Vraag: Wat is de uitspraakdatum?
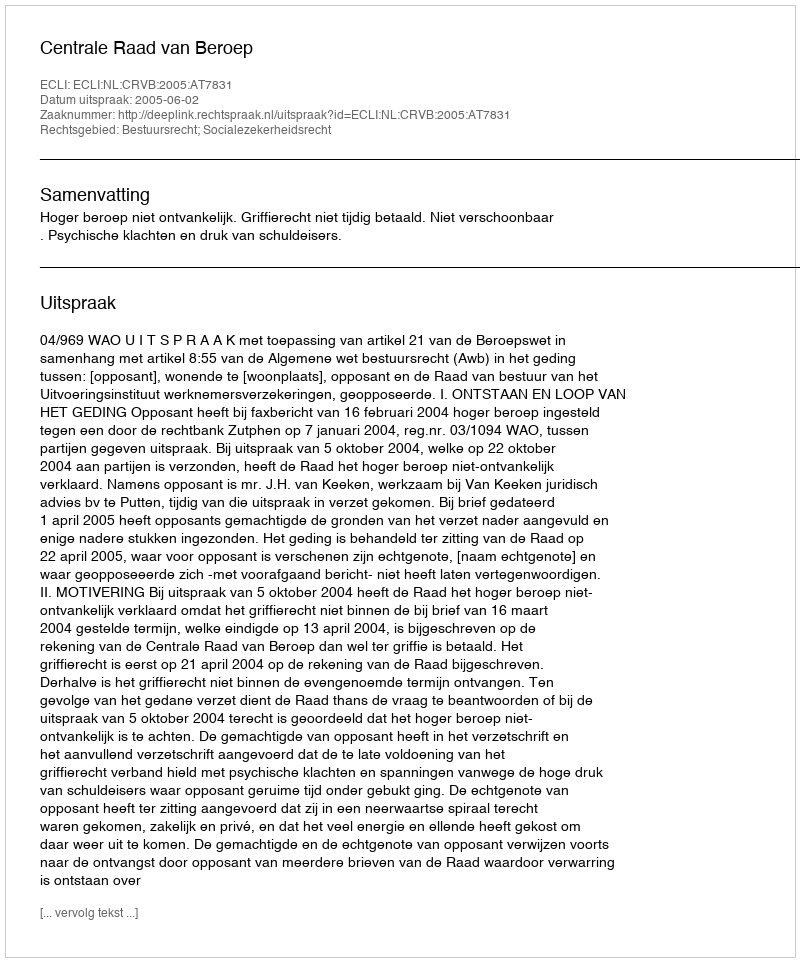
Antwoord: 2005-06-02